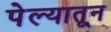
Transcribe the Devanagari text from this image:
पेल्यातून